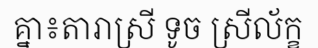
គ្នា៖តារាស្រី ទូច ស្រីល័ក្ខ